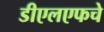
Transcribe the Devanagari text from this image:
डीएलएफचे